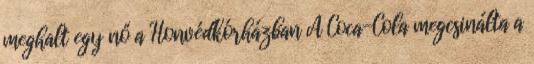
meghalt egy nő a Honvédkórházban A Coca-Cola megcsinálta a